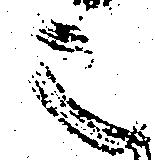
之